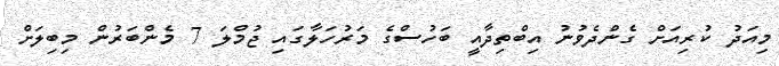
މިއަދު ކުރިއަށް ގެންދެވުނު އިބްތިދާއީ ބަހުސްގެ މަރުހަލާގައި ޖުމްލަ 7 މެންބަރުން މިބިލަށް